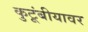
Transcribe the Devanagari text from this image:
कुटूंबीयावर